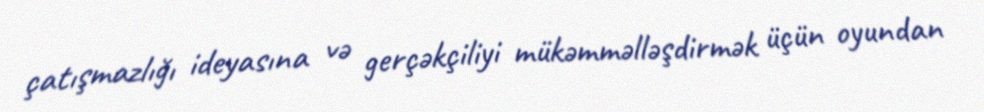
çatışmazlığı ideyasına və gerçəkçiliyi mükəmməlləşdirmək üçün oyundan